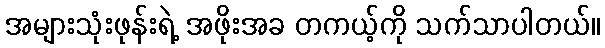
အများသုံးဖုန်းရဲ့ အဖိုးအခ တကယ့်ကို သက်သာပါတယ်။